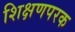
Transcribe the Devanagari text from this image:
शिक्षणपरक